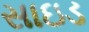
સાઇડ